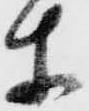
等